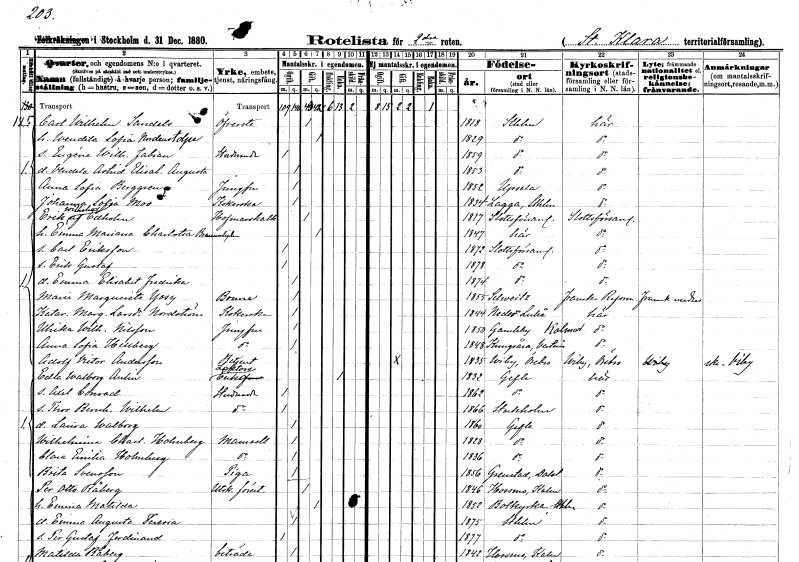
gt_parse: households: individuals: FN: Carl Wilhelm
EN: Sandels
YRKE: Överste
KON: M
CIV: G
FODAR: 1818
FODFORS: Stockholm
FN: Wendela Sofia
EN: Nordenstolpe
KON: K
CIV: G
FODAR: 1829
FODFORS: Stockholm
FN: Eugéne Wilhelm Fabian
YRKE: Studerande
KON: M
CIV: O
FODAR: 1859
FODFORS: Stockholm
FN: Vendela Astrid Elisabet Augusta
KON: K
CIV: O
FODAR: 1853
FODFORS: Stockholm
FN: Anna Sofia
EN: Berggren
YRKE: Jungfru
KON: K
CIV: O
FODAR: 1852
FODFORS: Uppsala Uppsala län
FN: Johanna Sofia
EN: Moo
YRKE: Kokerska
KON: K
CIV: O
FODAR: 1834
FODFORS: Lagga Uppsala län
FN: Erik Wilhelm
EN: af Edholm
YRKE: Hovmarskalk
KON: M
CIV: G
FODAR: 1817
FODFORS: Slottsförsamlingen Stockholms stad
FN: Emma Mariana Charlotta
EN: Braunerhjelm
KON: K
CIV: G
FODAR: 1847
FODFORS: Klara Stockholms stad
FN: Carl
EN: Eriksson
KON: M
CIV: O
FODAR: 1872
FODFORS: Slottsförsamlingen Stockholms stad
FN: Erik Gustaf
KON: M
CIV: O
FODAR: 1878
FODFORS: Slottsförsamlingen Stockholms stad
FN: Emma Elisabet Fredrika
KON: K
CIV: O
FODAR: 1874
FODFORS: Slottsförsamlingen Stockholms stad
FN: Marie Marguerite
EN: Yosy
YRKE: Boune
KON: K
CIV: O
FODAR: 1855
FN: Katarina Margareta
EN: Larsdotter Nordström
YRKE: Kokerska
KON: K
CIV: O
FODAR: 1844
FODFORS: Nederluleå Norrbottens län
FN: Ulrika Wilhelmina
EN: Nilsson
YRKE: Jungfru
KON: K
CIV: O
FODAR: 1850
FODFORS: Gamleby Kalmar län
FN: Anna Sofia
EN: Hellberg
YRKE: Jungfru
KON: K
CIV: O
FODAR: 1848
FODFORS: Kungsåra Västmanlands län
FN: Adolf Victor
EN: Andersson
YRKE: Betjänt
KON: M
CIV: G
FODAR: 1835
FODFORS: Viby Örebro län
FN: Edla Walborg
EN: Aulin
YRKE: Lektorsänka
KON: K
CIV: E
FODAR: 1832
FODFORS: Gävle Gävleborgs län
FN: Axel Conrad
YRKE: Studerande
KON: M
CIV: O
FODAR: 1862
FODFORS: Gävle Gävleborgs län
FN: Thor Bernhard Wilhelm
YRKE: Studerande
KON: M
CIV: O
FODAR: 1866
FODFORS: Stockholm
FN: Laura Walborg
KON: K
CIV: O
FODAR: 1860
FODFORS: Gävle Gävleborgs län
FN: Wilhelmina Charlotta
EN: Holmberg
KON: K
CIV: O
FODAR: 1828
FODFORS: Gävle Gävleborgs län
FN: Clara Emilia
EN: Holmberg
KON: K
CIV: O
FODAR: 1836
FODFORS: Gävle Gävleborgs län
FN: Brita
EN: Svensson
YRKE: Piga
KON: K
CIV: O
FODAR: 1856
FODFORS: Grinstad Älvsborgs län